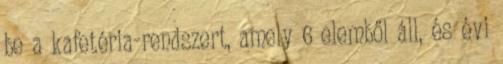
be a kafetéria-rendszert, amely 6 elemből áll, és évi